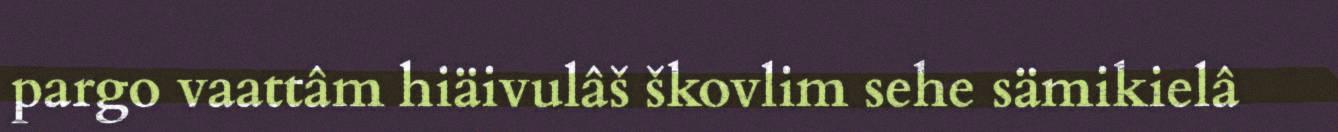
pargo vaattâm hiäivulâš škovlim sehe sämikielâ